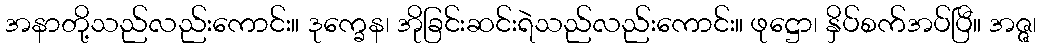
အနာတို့သည်လည်းကောင်း။ ဒုက္ခေန၊ အိုခြင်းဆင်းရဲသည်လည်းကောင်း။ ဖုဋ္ဌော၊ နှိပ်စက်အပ်ပြီ။ အဇ္ဇ၊